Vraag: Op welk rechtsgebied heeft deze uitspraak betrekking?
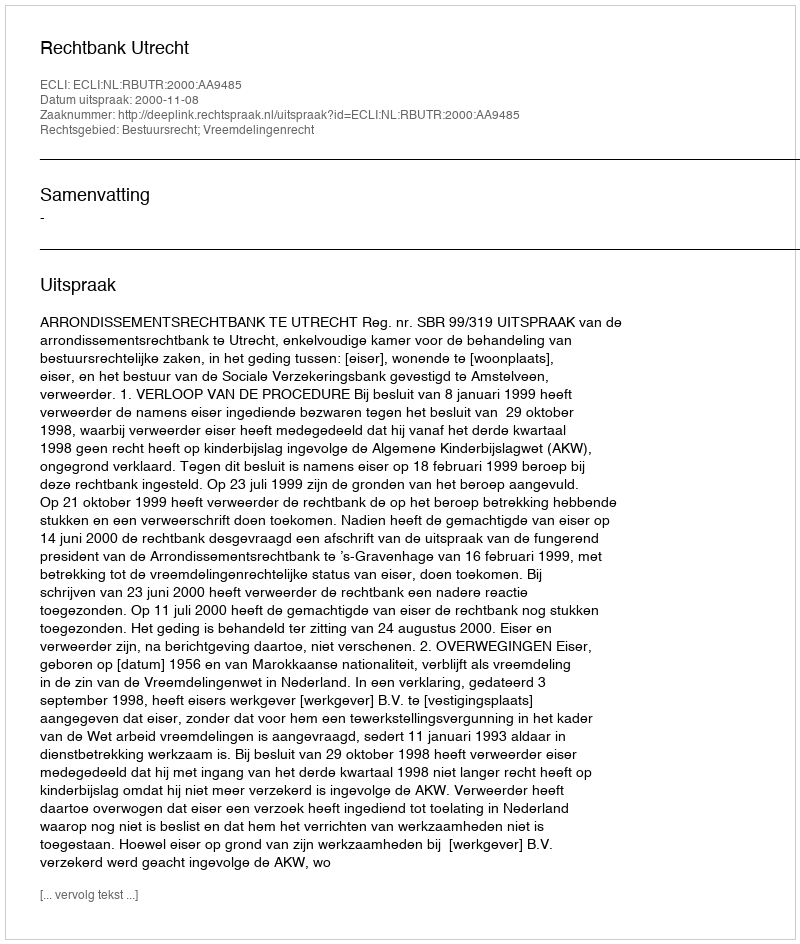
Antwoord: Bestuursrecht; Vreemdelingenrecht